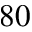
8 0